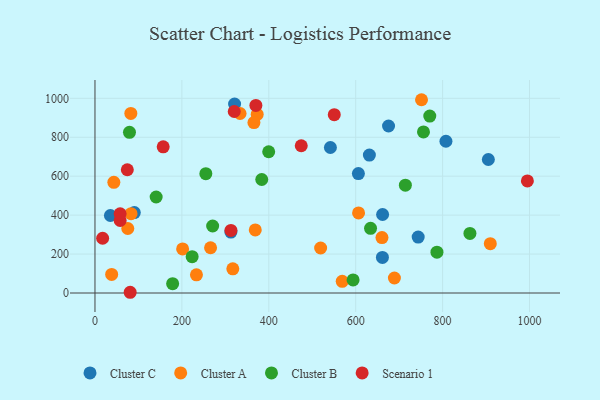
{"axis": {"x": "Speed", "y": "Salary"}, "legend": ["Cluster A", "Cluster B", "Cluster C", "Scenario 1"], "data": [{"x": "661.5", "y": 182.8, "type": "Cluster C"}, {"x": "606.2", "y": 613.2, "type": "Cluster C"}, {"x": "321.3", "y": 970.5, "type": "Cluster C"}, {"x": "541.8", "y": 747.4, "type": "Cluster C"}, {"x": "631.5", "y": 708.7, "type": "Cluster C"}, {"x": "312.8", "y": 312.7, "type": "Cluster C"}, {"x": "743.8", "y": 287.5, "type": "Cluster C"}, {"x": "90.5", "y": 413.2, "type": "Cluster C"}, {"x": "675.6", "y": 857.9, "type": "Cluster C"}, {"x": "807.7", "y": 779.4, "type": "Cluster C"}, {"x": "905.3", "y": 685.7, "type": "Cluster C"}, {"x": "661.9", "y": 403.1, "type": "Cluster C"}, {"x": "35.5", "y": 398.0, "type": "Cluster C"}, {"x": "83.0", "y": 407.3, "type": "Cluster A"}, {"x": "75.5", "y": 331.2, "type": "Cluster A"}, {"x": "519.3", "y": 231.2, "type": "Cluster A"}, {"x": "689.1", "y": 77.0, "type": "Cluster A"}, {"x": "43.4", "y": 568.7, "type": "Cluster A"}, {"x": "569.0", "y": 60.2, "type": "Cluster A"}, {"x": "368.9", "y": 324.0, "type": "Cluster A"}, {"x": "333.9", "y": 922.0, "type": "Cluster A"}, {"x": "373.3", "y": 917.3, "type": "Cluster A"}, {"x": "909.8", "y": 253.5, "type": "Cluster A"}, {"x": "317.2", "y": 124.2, "type": "Cluster A"}, {"x": "606.6", "y": 411.2, "type": "Cluster A"}, {"x": "266.0", "y": 232.5, "type": "Cluster A"}, {"x": "38.4", "y": 95.4, "type": "Cluster A"}, {"x": "233.5", "y": 93.1, "type": "Cluster A"}, {"x": "201.7", "y": 226.3, "type": "Cluster A"}, {"x": "660.5", "y": 284.7, "type": "Cluster A"}, {"x": "751.5", "y": 992.8, "type": "Cluster A"}, {"x": "82.5", "y": 922.3, "type": "Cluster A"}, {"x": "365.8", "y": 875.4, "type": "Cluster A"}, {"x": "140.8", "y": 493.0, "type": "Cluster B"}, {"x": "714.3", "y": 553.6, "type": "Cluster B"}, {"x": "255.1", "y": 612.9, "type": "Cluster B"}, {"x": "79.4", "y": 825.2, "type": "Cluster B"}, {"x": "270.8", "y": 344.1, "type": "Cluster B"}, {"x": "756.0", "y": 827.4, "type": "Cluster B"}, {"x": "594.0", "y": 67.0, "type": "Cluster B"}, {"x": "178.7", "y": 48.1, "type": "Cluster B"}, {"x": "787.0", "y": 209.7, "type": "Cluster B"}, {"x": "634.2", "y": 332.1, "type": "Cluster B"}, {"x": "399.8", "y": 725.6, "type": "Cluster B"}, {"x": "223.6", "y": 186.5, "type": "Cluster B"}, {"x": "770.5", "y": 909.0, "type": "Cluster B"}, {"x": "383.8", "y": 583.1, "type": "Cluster B"}, {"x": "862.9", "y": 305.9, "type": "Cluster B"}, {"x": "370.3", "y": 963.5, "type": "Scenario 1"}, {"x": "57.9", "y": 372.3, "type": "Scenario 1"}, {"x": "550.7", "y": 916.2, "type": "Scenario 1"}, {"x": "17.6", "y": 281.2, "type": "Scenario 1"}, {"x": "81.0", "y": 3.7, "type": "Scenario 1"}, {"x": "320.5", "y": 932.2, "type": "Scenario 1"}, {"x": "474.7", "y": 756.3, "type": "Scenario 1"}, {"x": "312.9", "y": 321.3, "type": "Scenario 1"}, {"x": "74.4", "y": 633.0, "type": "Scenario 1"}, {"x": "995.1", "y": 575.8, "type": "Scenario 1"}, {"x": "157.0", "y": 750.6, "type": "Scenario 1"}, {"x": "57.9", "y": 406.9, "type": "Scenario 1"}]}